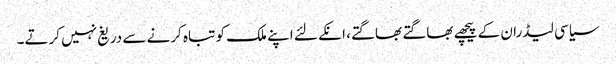
سیاسی لیڈران کے پیچھے بھاگتے بھاگتے، انکے لئے اپنے ملک کو تباہ کرنے سے دریغ نہیں کرتے۔